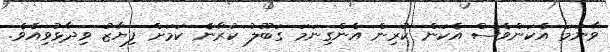
ވާނަމަ އެކަންވެސް އެކަން ކުރިން އެންގިނަމަ ގަބޫލު ކުރާނެ ކަމަށް ފިޔާޒު ވިދާޅުވިއެވެ.